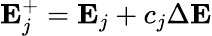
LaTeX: \mathbf{E}_{j}^{+}=\mathbf{E}_{j}+c_{j}\Delta\mathbf{E}